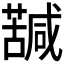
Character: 𮒀